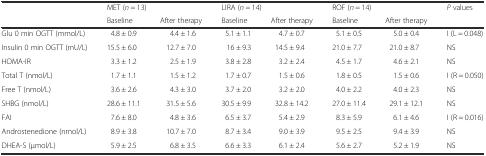
<table><thead><tr><td rowspan="2"></td><td colspan="2"><b>MET (<i>n</i> = 13)</b></td><td colspan="2"><b>LIRA (<i>n</i> = 14)</b></td><td colspan="2"><b>ROF (<i>n</i> = 14)</b></td><td rowspan="2"><b><i>P</i> values</b></td></tr><tr><td><b>Baseline</b></td><td><b>After therapy</b></td><td><b>Baseline</b></td><td><b>After therapy</b></td><td><b>Baseline</b></td><td><b>After therapy</b></td></tr></thead><tbody><tr><td>Glu 0 min OGTT (mmol/L)</td><td>4.8 ± 0.9</td><td>4.4 ± 1.6</td><td>5.1 ± 1.1</td><td>4.7 ± 0.7</td><td>5.1 ± 0.5</td><td>5.0 ± 0.4</td><td>I (L = 0.048)</td></tr><tr><td>Insulin 0 min OGTT (mU/L)</td><td>15.5 ± 6.0</td><td>12.7 ± 7.0</td><td>16 ± 9.3</td><td>14.5 ± 9.4</td><td>21.0 ± 7.7</td><td>21.0 ± 8.7</td><td>NS</td></tr><tr><td>HOMA-IR</td><td>3.3 ± 1.2</td><td>2.5 ± 1.9</td><td>3.8 ± 2.8</td><td>3.2 ± 2.4</td><td>4.5 ± 1.7</td><td>4.6 ± 2.1</td><td>NS</td></tr><tr><td>Total T (nmol/L)</td><td>1.7 ± 1.1</td><td>1.5 ± 1.2</td><td>1.7 ± 0.7</td><td>1.5 ± 0.6</td><td>1.8 ± 0.5</td><td>1.5 ± 0.6</td><td>I (R = 0.050)</td></tr><tr><td>Free T (nmol/L)</td><td>3.6 ± 2.6</td><td>4.3 ± 3.0</td><td>3.7 ± 2.0</td><td>3.2 ± 2.0</td><td>4.0 ± 2.2</td><td>4.0 ± 2.3</td><td>NS</td></tr><tr><td>SHBG (nmol/L)</td><td>28.6 ± 11.1</td><td>31.5 ± 5.6</td><td>30.5 ± 9.9</td><td>32.8 ± 14.2</td><td>27.0 ± 11.4</td><td>29.1 ± 12.1</td><td>NS</td></tr><tr><td>FAI</td><td>7.6 ± 8.0</td><td>4.8 ± 3.6</td><td>6.5 ± 3.7</td><td>5.4 ± 2.9</td><td>8.3 ± 5.9</td><td>6.1 ± 4.6</td><td>I (R = 0.016)</td></tr><tr><td>Androstenedione (nmol/L)</td><td>8.9 ± 3.8</td><td>10.7 ± 7.0</td><td>8.7 ± 3.4</td><td>9.0 ± 3.9</td><td>9.5 ± 2.5</td><td>9.4 ± 3.9</td><td>NS</td></tr><tr><td>DHEA-S (μmol/L)</td><td>5.9 ± 2.5</td><td>6.8 ± 3.5</td><td>6.6 ± 3.3</td><td>6.1 ± 2.4</td><td>5.6 ± 2.7</td><td>5.2 ± 1.9</td><td>NS</td></tr></tbody></table>